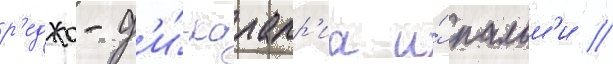
р'еджо-д'и́-калабр'иа и́ пальм'и //